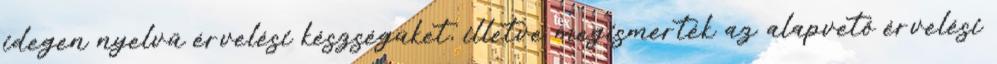
idegen nyelvű érvelési készségüket, illetve megismerték az alapvető érvelési